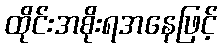
ထိုင်းအစိုးရအနေဖြင့်